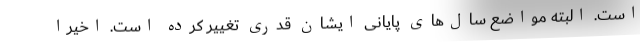
است. البته مواضع سال‌های پایانی ایشان قدری تغییر کرده است. اخیراً